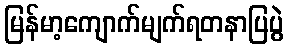
မြန်မာ့ကျောက်မျက်ရတနာပြပွဲ